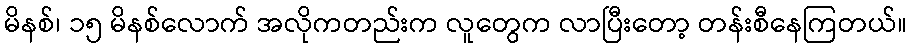
မိနစ်၊ ၁၅ မိနစ်လောက် အလိုကတည်းက လူတွေက လာပြီးတော့ တန်းစီနေကြတယ်။